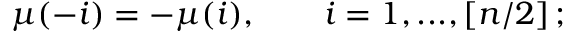
\mu ( - i ) = - \mu ( i ) , \quad \quad i = 1 , . . . , \left[ n / 2 \right] ;